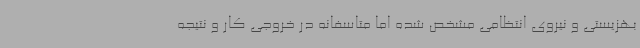
بهزیستی و نیروی انتظامی مشخص شده اما متاسفانه در خروجی کار و نتیجه